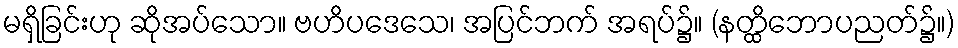
မရှိခြင်းဟု ဆိုအပ်သော။ ဗဟိပဒေသေ၊ အပြင်ဘက် အရပ်၌။ (နတ္ထိဘောပညတ်၌။)